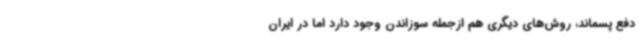
دفع پسماند، روش‌های دیگری هم ازجمله سوزاندن وجود دارد اما در ایران